Bréfritari: Klemens Björnsson
Viðtakandi: Jón Borgfirðings Jónsson
Dagsetning: A-1861-11-20
Skrifað á: Borg  Kjós.

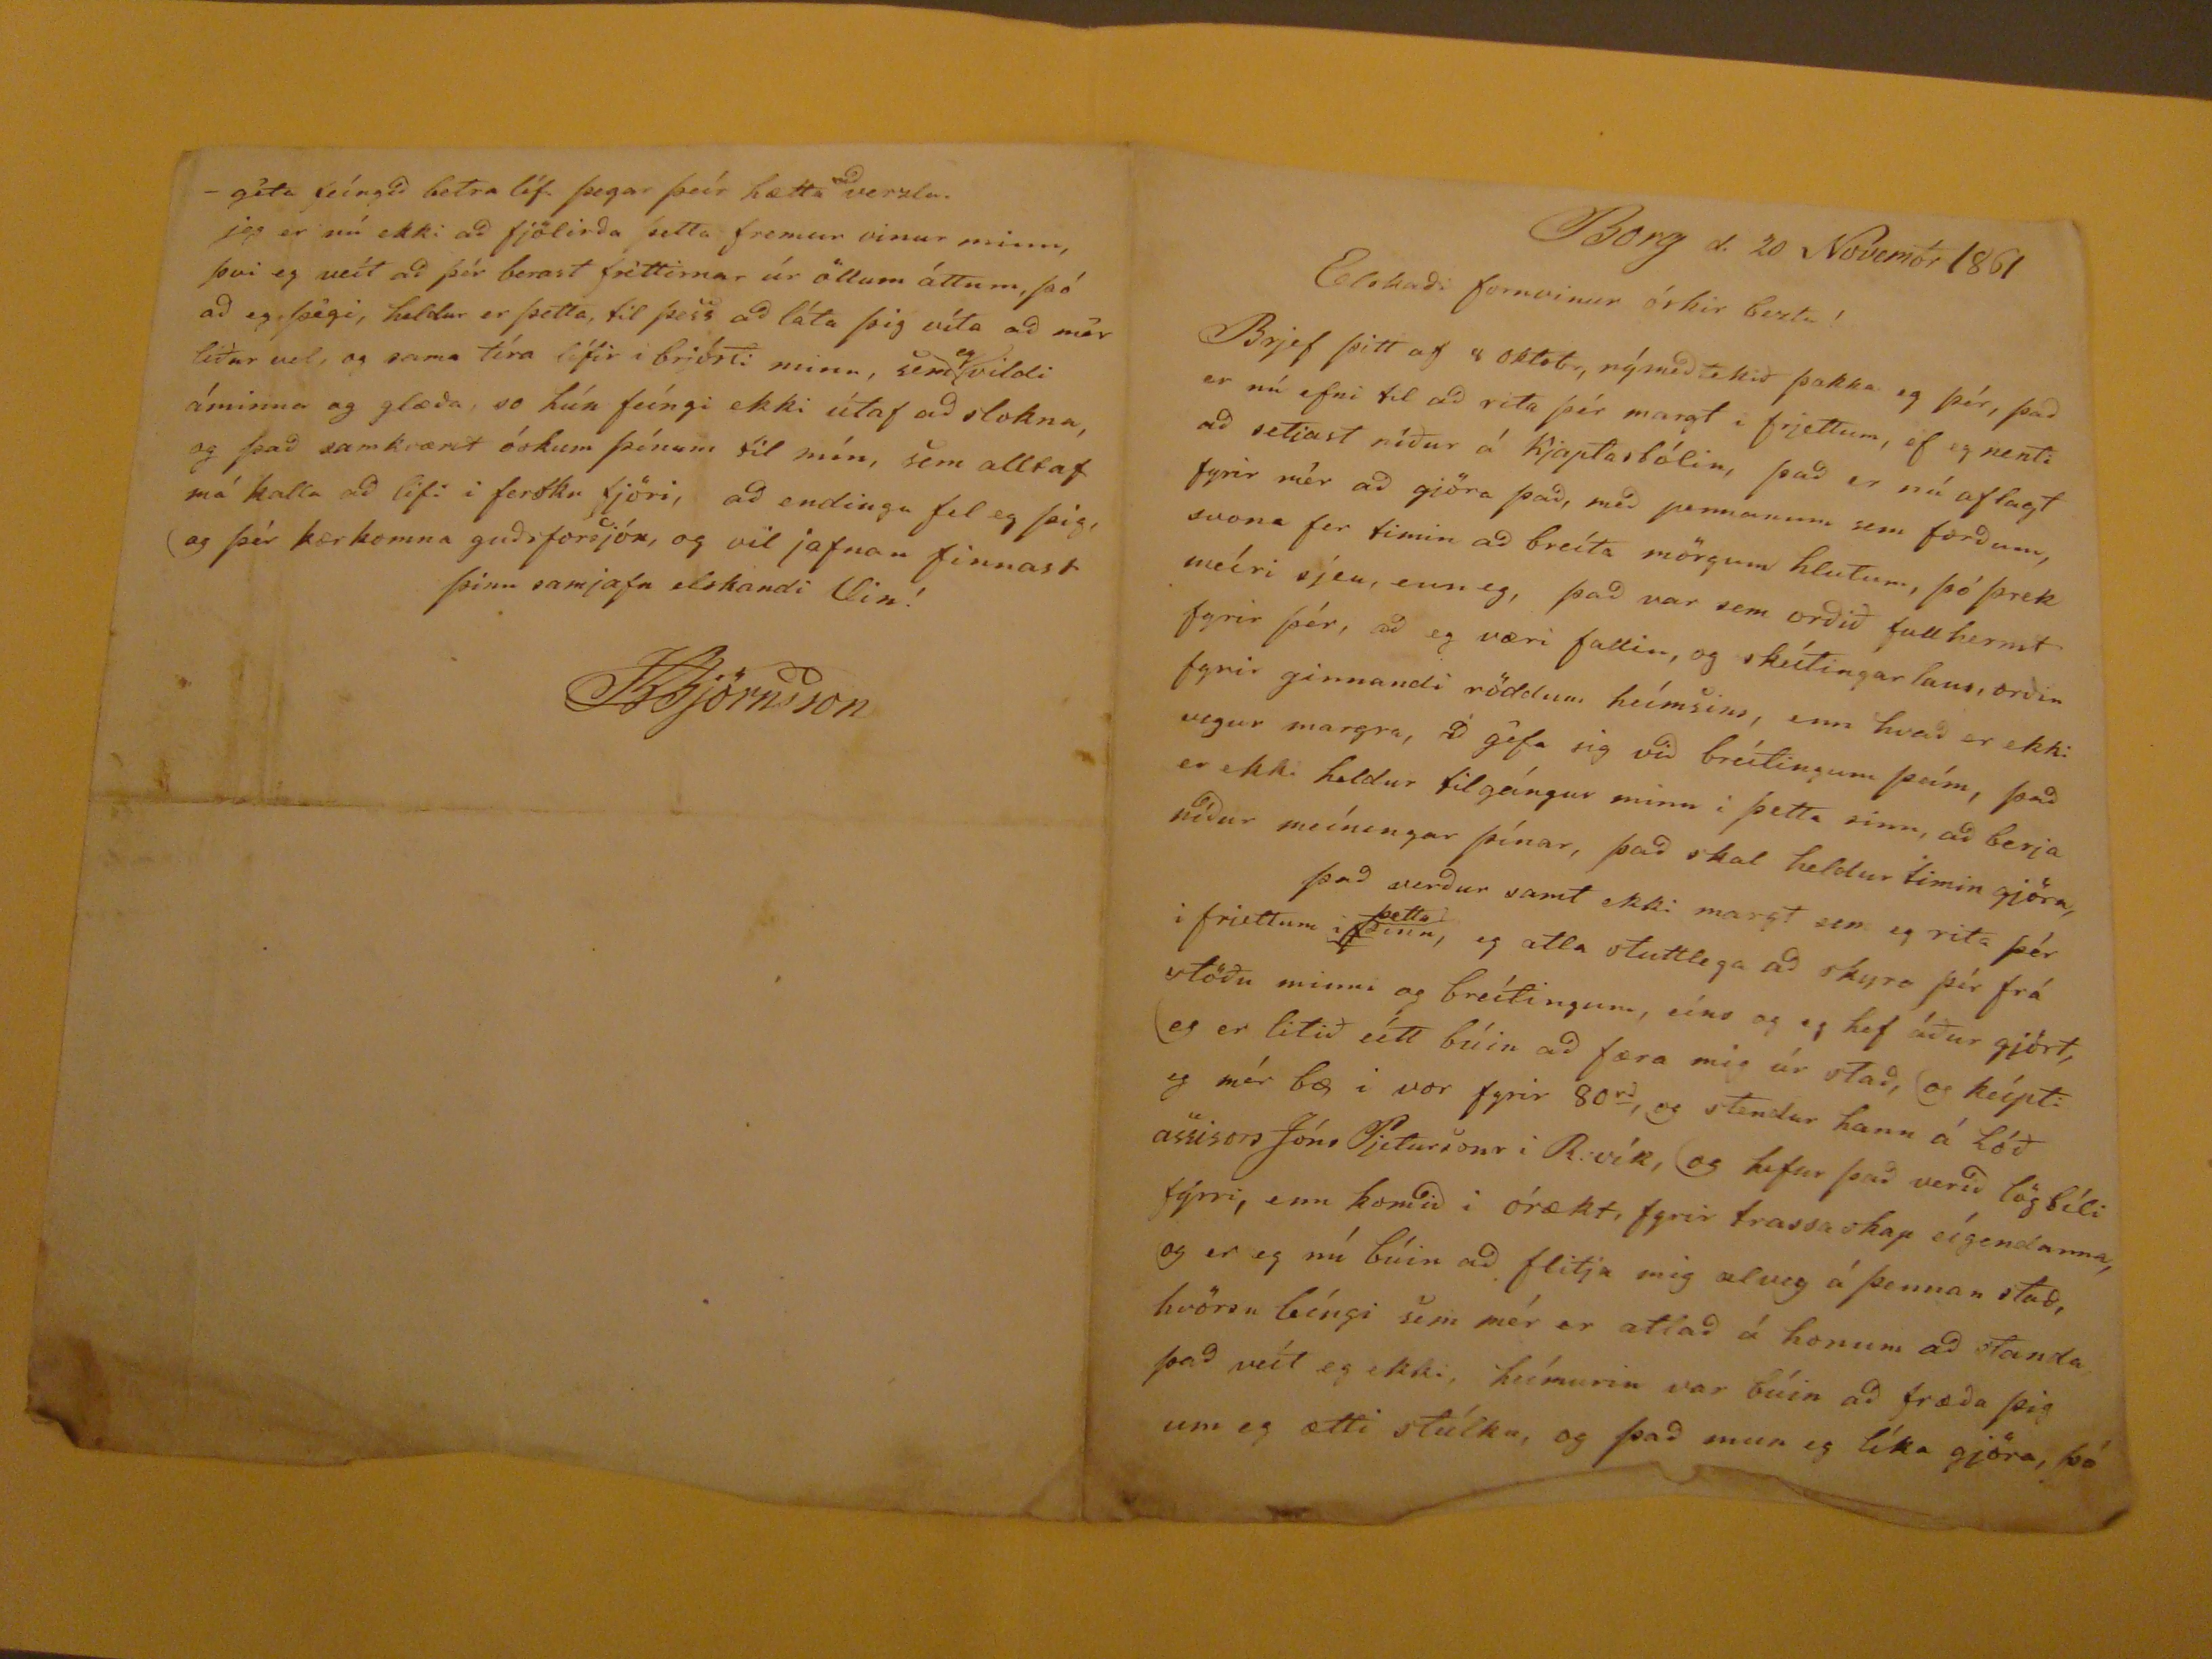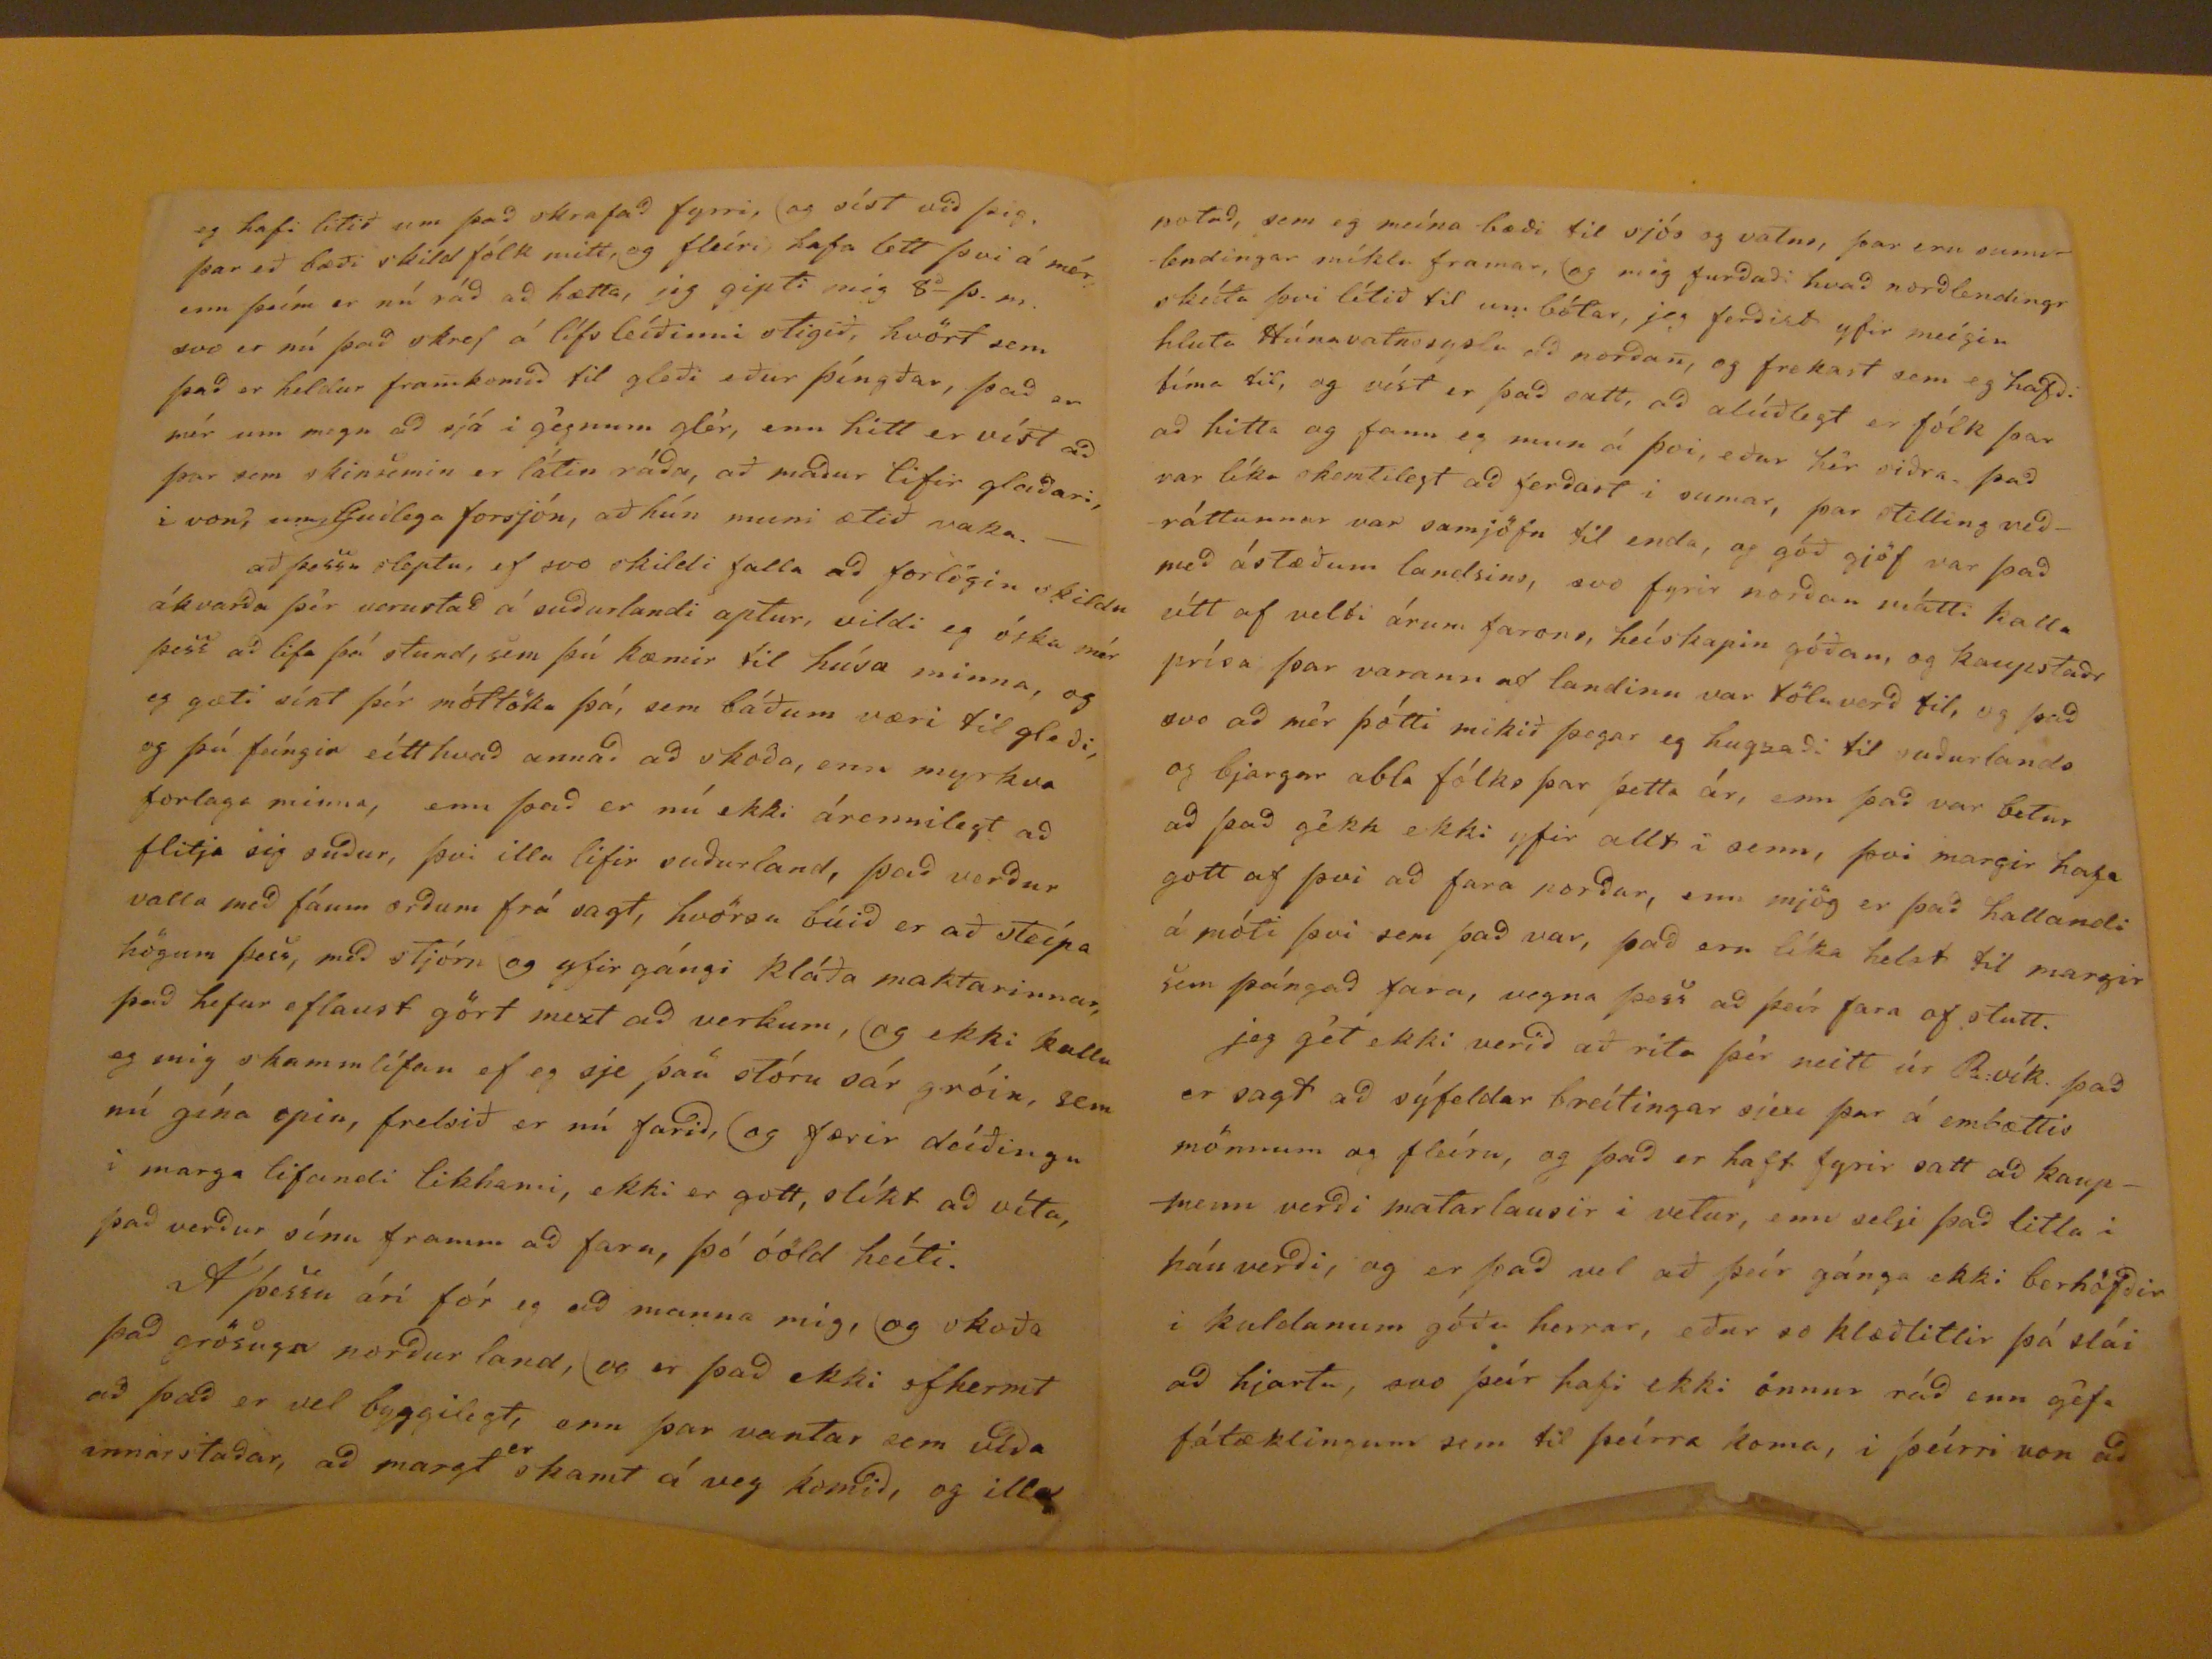

Borg d. 20 Novembr 1861
Elskaði fornvinur óskir beztu!
Brjef þitt af 8 oktobr, nýmeðtekið þakka eg þér, það er nú efni til að rita þér margt i frjettum, ef eg nenti að setjast niðr á Kjaptastólin, það er nú aflagt fyrir mér að gjöra það, með pennanum sem forðum, svona fer timin að breíta mörgum hlutum, þó þrek meíri sjeu, enn eg, það var sem orðið fullhermt fyrir þér, að eg væri fallin, og skeítingarlaus, orðin fyrir ginnandi röddum heímsins, enn hvað er ekki vegur margra,
að
gefa sig við breítingum þeím, það er ekki heldur tilgángur minn i þetta sinn, að berja niður meíningar þínar, það skal heldur timin gjöra, það verður samt ekki margt sem eg rita þér i friettum
iþinu
þetta
, eg ætla stuttlega að skyra þér frá stöðu minni og breítigum, eíns og eg hef áður gjört, eg er litið eítt búin að færa mig úr stað, og keípti eg mér bæ i vor fyrir 80
rd
, og stendur hann á lóð assisors Jóns Pjetursonar i R.vík, og hefur það verið lögbíli fyrri, enn komið i órækt, fyrir trassaskap eígendanna, og er eg nú búin að flitja mig alveg á þennan stað, hvörsu leíngi sem mér er atlað á honum að standa það veít eg ekki, heímurin var búin að fræða þig um eg ætti stúlku, og það mun eg líka gjöra, þá
eg hafi litið um það skrafað fyrri, og síst við þig. þar eð bæði skildfólk mitt, og fleíri hafa lett þvi á mér enn þeím er nú ráð að hætta, jeg gipti mig 8
a
þ.m. svo er nú það skref á lífsleíðinni stigið, hvört sem það er heldur framkomið til gleði eður þíngðar, það er mér um megn að sjá i gengum glér, enn htit er víst að þar sem skinsemin er látin ráða, að maður lifir glaðari, i von, um Guðlega forsjón, að hún muni ætið vaka,- að þessu sleptu, ef svo skildi falla að forlögin skildu ákvarða þér verustað á suðurlandi aptur, vildi eg óska mér þess að lifa þá stund, sem þú kæmir til húsa minna, og eg gæti sínt þér móttöku þá, sem báðum væri til gleði, og þú geíngir eítthvað annað að skoða, enn myrkva forlaga minna, enn það er nú ekki árennilegt að flitja sig suður, því illu lifir suðurland, það verður valla með fáum orðum frá sagt, hvörsu búið er að steípa högum þess, með stjórn og yfir gángi kláða maktarinnar, það hefur eflaust gört mezt að verkum, og ekki kalla eg mig skammlífan ef eg sje þau stóru sár gróin, sem nú gína opin, freslið er nú farið, og færir deíðingu i marga lifandi likhami, ekki er gott, slíkt að víta, það verður sínu framm að fara, þó óöld heíti. Á þesus ári fór eg að manna mig, og skoða það grösuga norðurland, og er það ekki ofskermt að það er vel byggilegt, enn þar vantar sem víða annarstaðar, að margt
er
skamt á veg komið, og illa
notað, sem eg meína bæði til sjós og vatns, þar eru sunnlendingar míklu framar, og mig furðaði hvað norðlendingr skeíta því lítið til um bótar, jeg ferðist yfir meígin hluta Húnavatnssyslu að norðan, og frekast sem eg hafði tíma til, og víst er það satt, aðalúðlegt er fólk þar að hitta og fann eg mun á þvi, eður hér siðra það var líka skemtilegt að ferðast i sumar, þar stilling veðráttunnar var samjöfn til enda, og góð gjöf var það með ástæðum landsins, svo fyrir norðan mátti kalla
eítt af velbi
árum farans, heískapin góðan, og kaupstaðr prísa þar varann aflandinu var töluverð til, og það svo að mér þótti mikið þegar eg hugsaði til suðurlands og bjargar abla fólks þar þetta ár, enn það var betur að það gékk ekki yfir allt i senn, þvi margir hafa gott af þvi að fara norður, enn mjög er það hallandi á móti þvi sem það var, það eru líka helst til margir sem þángað fara, vegna þess að þeír fara of stutt. jeg gét ekki verið að rita þér neitt úr R:vík. það er sagt að sýfeldar breítingar sjeu þar á embættis mönnum og fleíru, og það er haft fyrir satt að kaupmenn verði matarlausir i vetur, enn
selji
það litla i háuverði, og er það vel að þeír gánga ekki berhöfðir i kuldanum góðu herrar, eður so klæðlitlir þá slái að hjarta, svo þeír hafi ekki önnur ráð enn géfa fátæklingum sem til þeírra koma, i þeírri von að
géta feíngið betra líf þegar þeír hætta
að
verzla. jeg er nú ekki að fjölirða þetta fremur vinur minn, þvi eg veit að þér berast fréttirnar úr öllum áttum, þá að eg þégi, heldur er þetta, til þess að láta þig víta að mér líður vel, og sama tíra lífir í brjósti minu, sem
eg
vildi áminna og glæða, so hún feíngi ekki útaf að slokna, og það samkvæmt óskum þínum til mín, sem alltaf má kalla að lifi í fersku fjöri, að endingu fel eg þig og þér kærkomna guðsforsjón, og vil jafnan finnast þinn samjafn elskandi Vin!
KBjörnsson